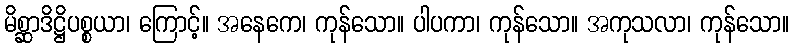
မိစ္ဆာဒိဋ္ဌိပစ္စယာ၊ ကြောင့်။ အနေကေ၊ ကုန်သော။ ပါပကာ၊ ကုန်သော။ အကုသလာ၊ ကုန်သော။